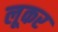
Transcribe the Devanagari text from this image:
लूकर